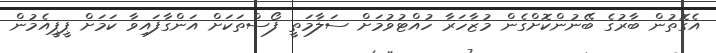
އެގޮތުން ބާރުގެ ބޭނުންކޮށްގެން މުޒާހަރާ ހުއްޓުވުމަށް ސަލާމަތީ ފޯސްތަކަށް އަންގާފައިވާ ކަމަށް ޕީޕީއެމުން